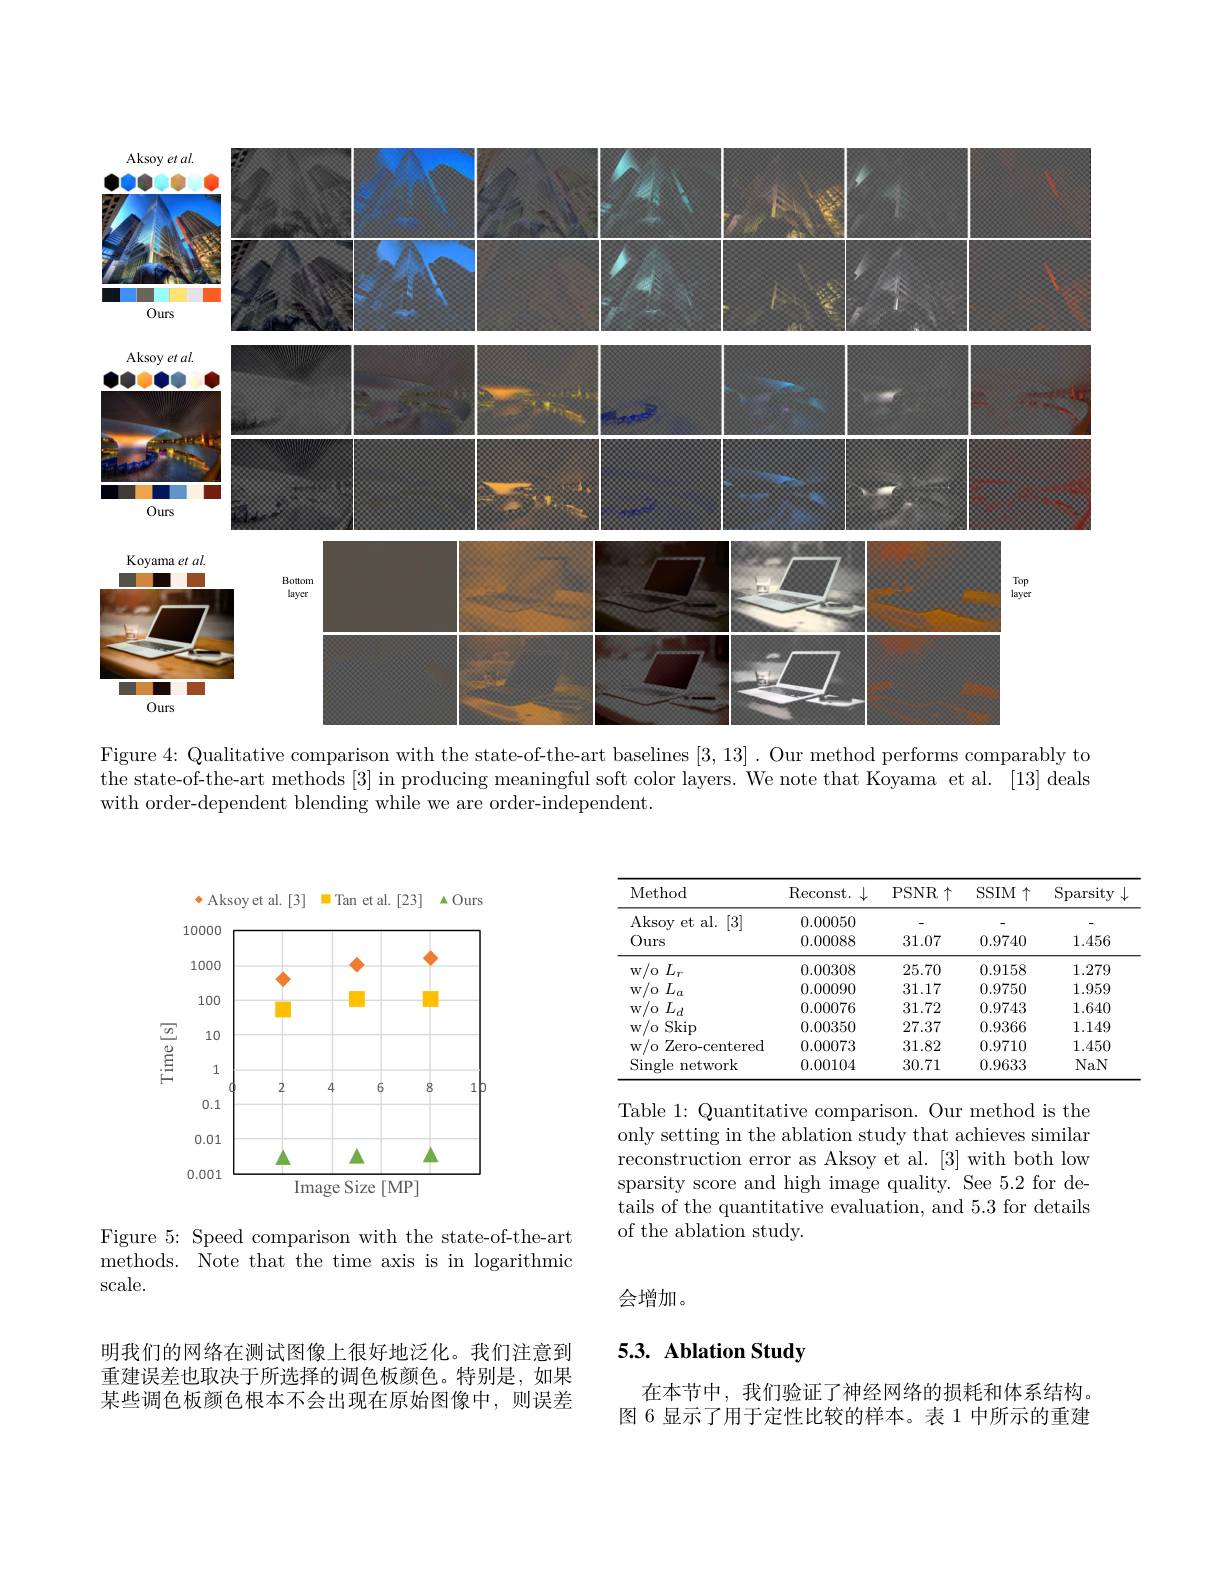
<FigureHere>

Figure 4: Qualitative comparison with the state-of-the-art baselines [3,13]. Our method performs comparably to

the state-of-the-art methods [3] in producing meaningful soft color layers. We note that Koyama et al. [13] deals
with order-dependent blending while we are order-independent.

<FigureHere>

Figure 5: Speed comparison with the state-of-the-art ${\mathrm{methods.~}}{{\mathrm{Note~that~the~time~axis~is~in~logarithmic}}}$ scale.

明我们的网络在测试图像上很好地泛化。我们注意到重建误差也取决于所选择的调色板颜色。特别是，如果某些调色板颜色根本不会出现在原始图像中，则误差

<table>
	<tbody>
		<tr>
			<th>Method</th>
			<th>$\operatorname{Reconst.}\downarrow$</th>
			<th>PSNR$\uparrow$</th>
			<th>SSIM $\uparrow$</th>
			<th>Sparsity</th>
		</tr>
		<tr>
			<td>Aksov et al. 112 [3]</td>
			<td>0.00050</td>
			<td> </td>
			<td> </td>
			<td> </td>
		</tr>
		<tr>
			<td>Ours</td>
			<td>0.00088</td>
			<td>31.07</td>
			<td>0.9740</td>
			<td>1.456</td>
		</tr>
		<tr>
			<td>$\mathbf{w}/$o$L_r$</td>
			<td>0.00308</td>
			<td>25.70</td>
			<td>0.9158</td>
			<td>1.279</td>
		</tr>
		<tr>
			<td>$\mathbf{w/ o}$ $L_{a}$</td>
			<td>0.00090</td>
			<td>31.17</td>
			<td>0.9750</td>
			<td>1.959</td>
		</tr>
		<tr>
			<td>w/o $L_d$</td>
			<td>0.00076</td>
			<td>31.72</td>
			<td>0.9743</td>
			<td>1.640</td>
		</tr>
		<tr>
			<td>$w/0S$ Skip 1</td>
			<td>0.00350</td>
			<td>27.37</td>
			<td>0.9366</td>
			<td>1.149</td>
		</tr>
		<tr>
			<td>w/o Zero-centered</td>
			<td>0.00073</td>
			<td>31.82</td>
			<td>0.9710</td>
			<td>1.450</td>
		</tr>
		<tr>
			<td>Single network</td>
			<td>0.00104</td>
			<td>30.71</td>
			<td>0.9633</td>
			<td>NaN</td>
		</tr>
	</tbody>
</table>

Table 1: Quantitative comparison. Our method is the only setting in the ablation study that achieves similar reconstruction error as Aksoy et al. [3] with both low sparsity score and high image quality. See 5.2 for details of the quantitative evaluation, and 5.3 for details of the ablation study.

会增加。

## 5.3. Ablation Study

在本节中，我们验证了神经网络的损耗和体系结构。图 6 显示了用于定性比较的样本。表 1 中所示的重建